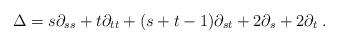
LaTeX: \begin{align*} \Delta = s\partial_{ss} + t\partial_{tt} + (s+t-1)\partial_{st} + 2\partial_s + 2\partial_t\;.\end{align*}